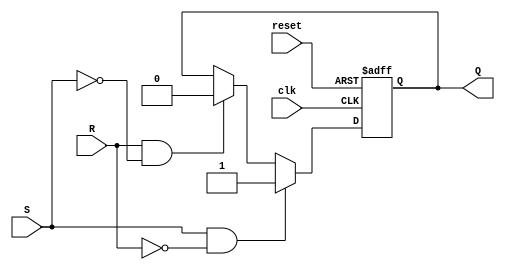
module sr_flip_flop (
    input clk,
    input reset,
    input S,
    input R,
    output reg Q
);

always @(posedge clk or posedge reset) begin
    if (reset) begin
        Q <= 0;
    end else begin
        if (S & ~R) begin
            Q <= 1;
        end else if (R & ~S) begin
            Q <= 0;
        end
    end
end

endmodule